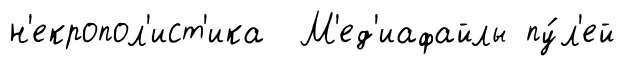
н'екропол'ист'ика М'ед'иафайлы пу́л'ей